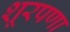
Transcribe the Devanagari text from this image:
शूरपणा